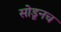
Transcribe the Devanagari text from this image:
सोडूनच